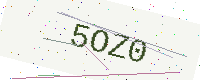
Text: 5OZ0